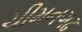
ચીમનગઢ